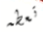
تعطه